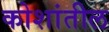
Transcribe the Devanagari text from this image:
कोशांतील